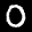
Label: 0